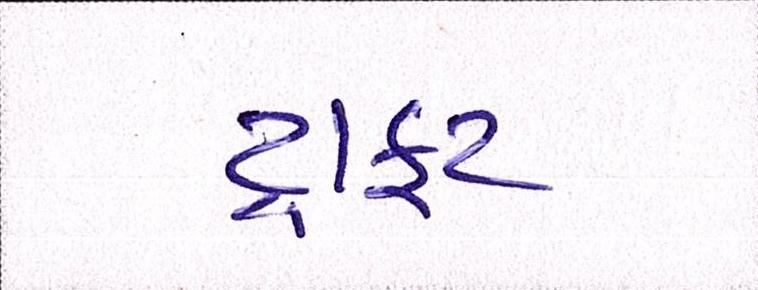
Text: ડ્રાફટ